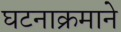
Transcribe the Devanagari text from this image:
घटनाक्रमाने